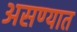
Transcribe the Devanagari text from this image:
असण्यात